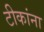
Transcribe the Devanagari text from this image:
टीकांना